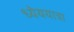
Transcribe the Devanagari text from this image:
ध्येययात्रा